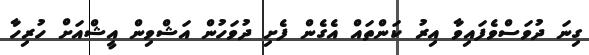
ގިނަ ދުވަސްވެފައިވާ އިރު ކަންތައް އެގެން ފެށި ދުވަހުން އަޝްވިން އީޝްއަށް ހުރިހާ